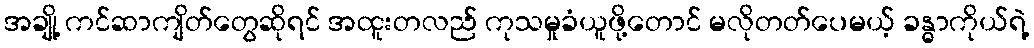
အချို့ ကင်ဆာကျိတ်တွေဆိုရင် အထူးတလည် ကုသမှုခံယူဖို့တောင် မလိုတတ်ပေမယ့် ခန္ဓာကိုယ်ရဲ့